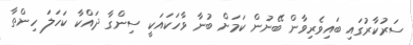
ސަރުކާރުގައި ބައިވެރިވާން ބޭނުން ކަމަށް ބުނާ ވާހަކައަކީ ސިންގާ ދައްކާ ކަހަލަ ހިންތާ